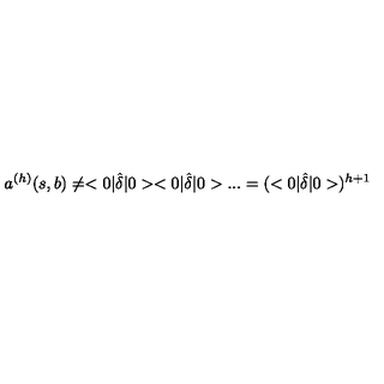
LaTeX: a ^ { ( h ) } ( s , b ) \neq < 0 | \hat { \delta } | 0 > < 0 | \hat { \delta } | 0 > . . . = ( < 0 | \hat { \delta } | 0 > ) ^ { h + 1 }